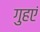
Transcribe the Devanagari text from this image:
गुहएं